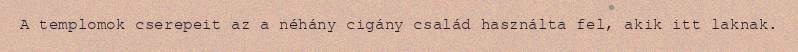
A templomok cserepeit az a néhány cigány család használta fel, akik itt laknak.